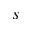
s